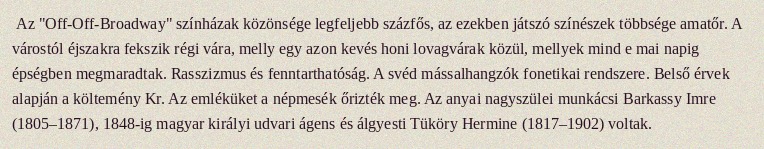
Az "Off-Off-Broadway" színházak közönsége legfeljebb százfős, az ezekben játszó színészek többsége amatőr. A várostól éjszakra fekszik régi vára, melly egy azon kevés honi lovagvárak közül, mellyek mind e mai napig épségben megmaradtak. Rasszizmus és fenntarthatóság. A svéd mássalhangzók fonetikai rendszere. Belső érvek alapján a költemény Kr. Az emléküket a népmesék őrizték meg. Az anyai nagyszülei munkácsi Barkassy Imre (1805–1871), 1848-ig magyar királyi udvari ágens és álgyesti Tüköry Hermine (1817–1902) voltak.